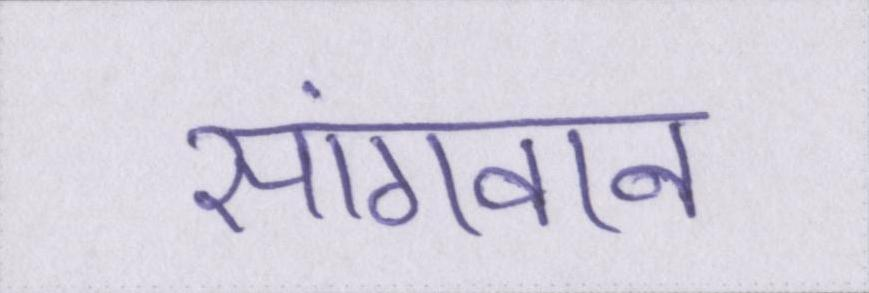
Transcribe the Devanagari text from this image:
सांगवान